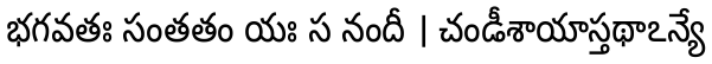
భగవతః సంతతం యః స నందీ । చండీశాయాస్తథాఽన్యే